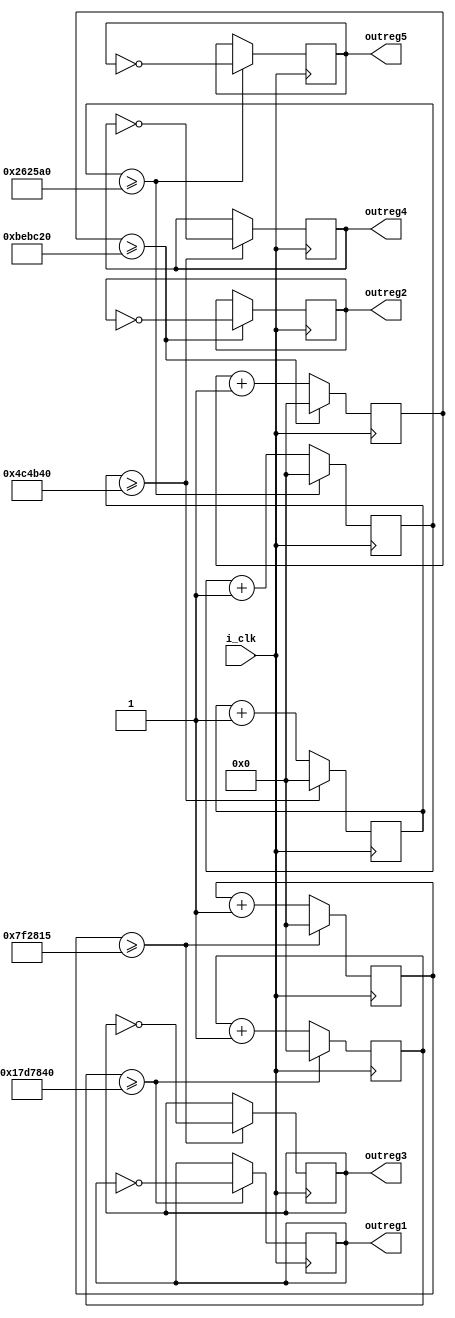
module SeqBlinker
  #(parameter n_clks_1hz = 25000000,
  parameter n_clks_2hz = 12500000,
  parameter n_clks_3hz = 8333333,
  parameter n_clks_5hz = 5000000,
  parameter n_clks_10hz = 2500000
  )
  (input i_clk,
  output reg outreg1,
  output reg outreg2,
  output reg outreg3,
  output reg outreg4,
  output reg outreg5
  );

initial
begin
outreg1 <= 1'b0;
outreg2 <= 1'b0;
outreg3 <= 1'b0;
outreg4 <= 1'b0;
outreg5 <= 1'b0;
end
  
  
  
  reg[25:0] ctr_1hz = 26'h0000000;
  reg[25:0] ctr_2hz = 26'h0000000;
  reg[25:0] ctr_3hz = 26'h0000000;
  reg[25:0] ctr_5hz = 26'h0000000;
  reg[25:0] ctr_10hz = 26'h0000000;
  
  always @(posedge i_clk)
  begin
    ctr_1hz <= ctr_1hz + 1;
    if (ctr_1hz >= n_clks_1hz)
	 begin
	   outreg1 <= ~outreg1;
		ctr_1hz <= 0;
    end
  end
  
  always @(posedge i_clk)
  begin
    ctr_2hz <= ctr_2hz + 1;
    if (ctr_2hz >= n_clks_2hz)
	 begin
	   outreg2 <= ~outreg2;
		ctr_2hz <= 0;
    end
  end
  
  always @(posedge i_clk)
  begin
    ctr_3hz <= ctr_3hz + 1;
    if (ctr_3hz >= n_clks_3hz)
	 begin
	   outreg3 <= ~outreg3;
		ctr_3hz <= 0;
    end
  end
  
  always @(posedge i_clk)
  begin
    ctr_5hz <= ctr_5hz + 1;
    if (ctr_5hz >= n_clks_5hz)
	 begin
	   outreg4 <= ~outreg4;
		ctr_5hz <= 0;
    end
  end
  
  always @(posedge i_clk)
  begin
  //outreg5 <= !outreg5;
    ctr_10hz <= ctr_10hz + 1;
    if (ctr_10hz >= n_clks_10hz)
	 begin
	   outreg5 <= ~outreg5;
		ctr_10hz <= 0;
    end
  end
  
endmodule